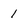
Character: 1